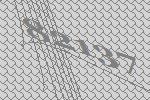
82137